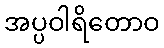
အပ္ပဝါရိတောဝ